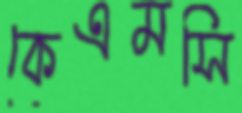
কেএমসি